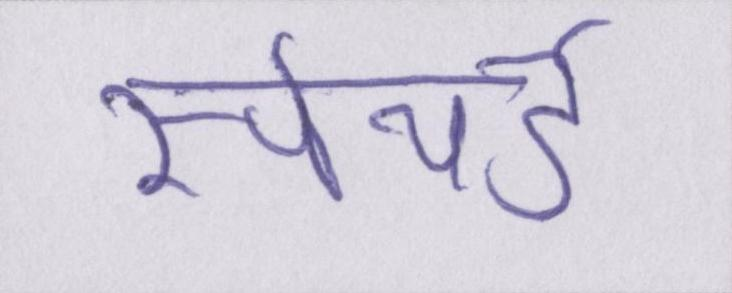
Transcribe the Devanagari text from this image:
स्पेयर्ड